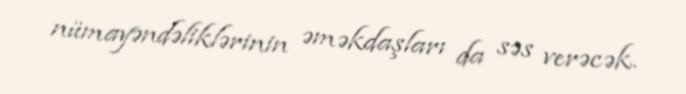
nümayəndəliklərinin əməkdaşları da səs verəcək.